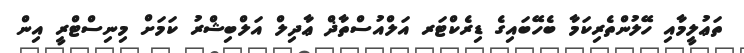
ތަޢުލީމާއި ހޭލުންތެރިކަމާ ބެހޭބައިގެ ޑިރެކްޓަރ އަލްއުސްތާޛް ޢާދިލް އަލްބިޝްރު ކަމަށް މިނިސްޓްރީ އިން